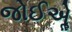
જોઈએૢ